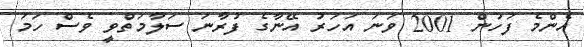
އެންމެ ފަހުން 2001 ވަނަ އަހަރު އޭނާގެ ފުރާނަ ސަލާމަތްވީ ވެސް ހަމަ